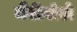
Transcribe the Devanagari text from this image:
मैरीबोरो